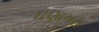
ઘણાખરા